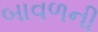
બાવળની